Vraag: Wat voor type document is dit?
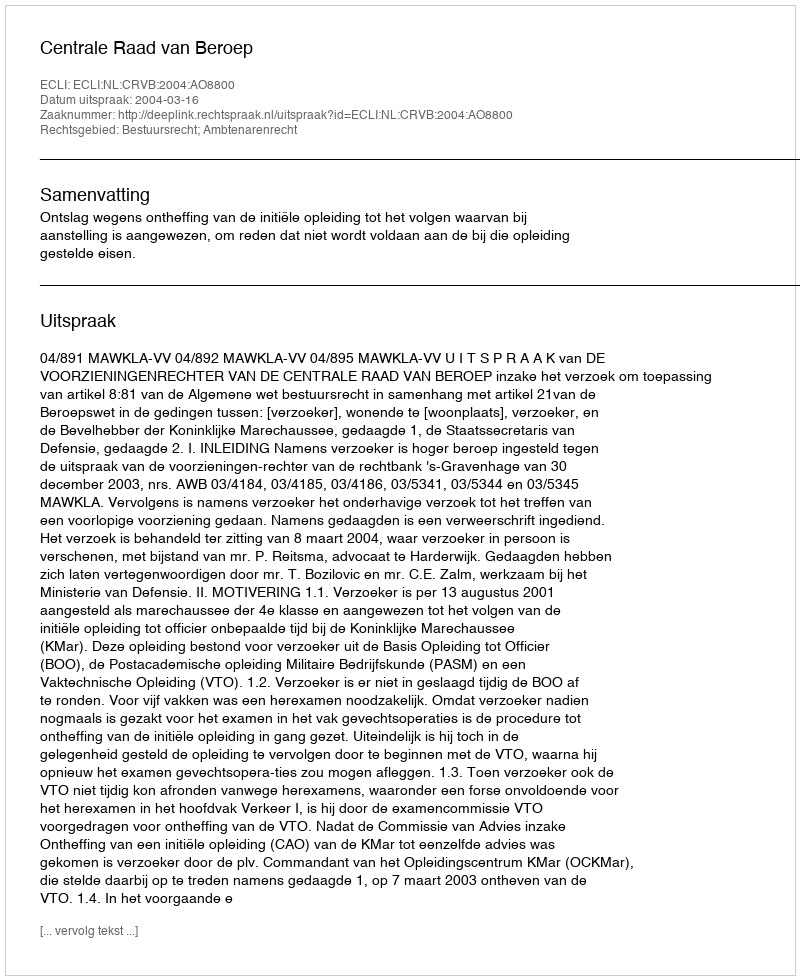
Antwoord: Uitspraak